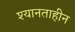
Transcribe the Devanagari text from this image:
श्यानताहीन